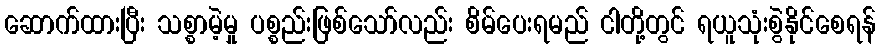
ဆောက်ထားပြီး သစ္စာမဲ့မှု ပစ္စည်းဖြစ်သော်လည်း စိမ်ပေးရမည် ငါတို့တွင် ရယူသုံးစွဲနိုင်စေရန်